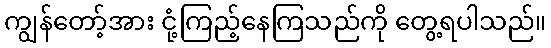
ကျွန်တော့်အား ငုံ့ကြည့်နေကြသည်ကို တွေ့ရပါသည်။